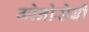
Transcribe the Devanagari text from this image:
कोनोसेबी